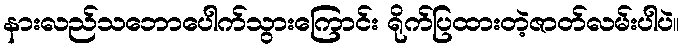
နားလည်သဘောပေါက်သွားကြောင်း ရိုက်ပြထားတဲ့ဇာတ်လမ်းပါပဲ။